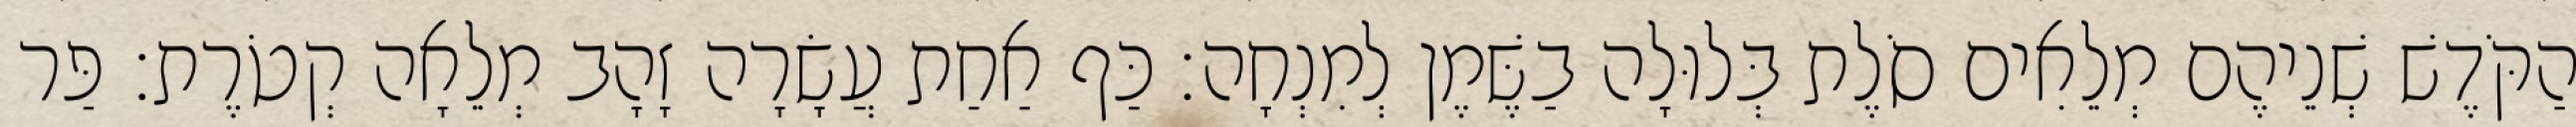
הַקֹּדֶשׁ שְׁנֵיהֶם מְלֵאִים סֹלֶת בְּלוּלָה בַשֶּׁמֶן לְמִנְחָה׃ כַּף אַחַת עֲשָׂרָה זָהָב מְלֵאָה קְטֹרֶת׃ פַּר